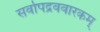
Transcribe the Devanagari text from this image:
सर्वोपद्रववारकम्